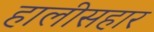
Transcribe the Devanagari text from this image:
हालीसहार